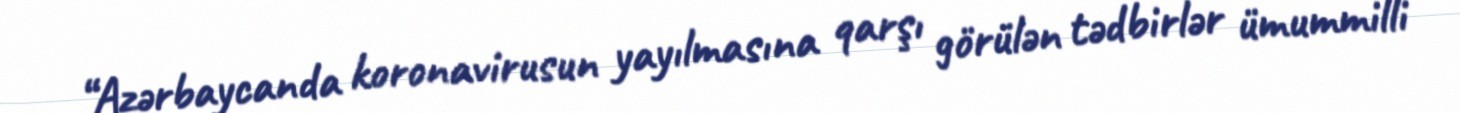
“Azərbaycanda koronavirusun yayılmasına qarşı görülən tədbirlər ümummilli